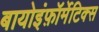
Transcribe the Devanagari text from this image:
बायोइंफ़ॉर्मेटिक्स